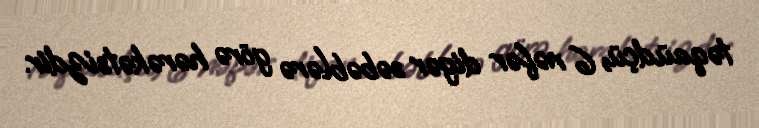
təqaüdçü, 6 nəfər digər səbəblərə görə hərəkətsizdir.